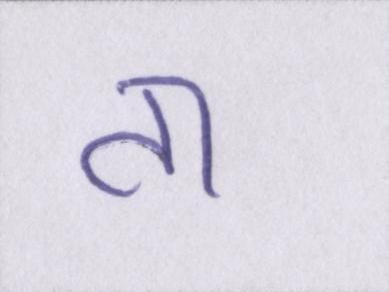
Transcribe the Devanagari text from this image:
ता